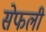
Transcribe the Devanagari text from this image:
सेफली